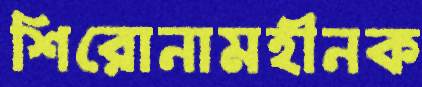
শিরোনামহীনক